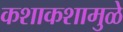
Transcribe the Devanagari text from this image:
कशाकशामुळे